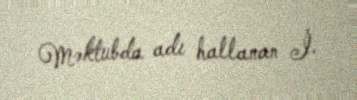
Məktubda adı hallanan İ.